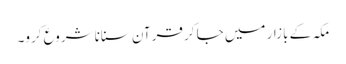
مکہ کے بازار میں جا کر قرآن سنانا شروع کرو۔